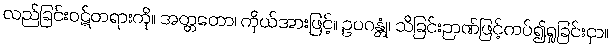
လည်ခြင်းဝဋ်တရားကို။ အတ္တတော၊ ကိုယ်အားဖြင့်။ ဥပဂန္တုံ၊ သိခြင်းဉာဏ်ဖြင့်ကပ်၍ရှုခြင်းငှာ။